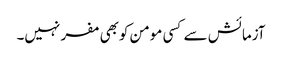
آزمائش سے کسی مومن کوبھی مفر نہیں۔